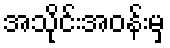
အသိုင်းအဝန်းမှ